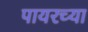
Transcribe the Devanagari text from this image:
पायरच्या